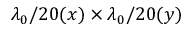
\lambda _ { 0 } / 2 0 ( x ) \times \lambda _ { 0 } / 2 0 ( y )